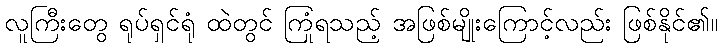
လူကြီးတွေ ရုပ်ရှင်ရုံ ထဲတွင် ကြုံရသည့် အဖြစ်မျိုးကြောင့်လည်း ဖြစ်နိုင်၏။